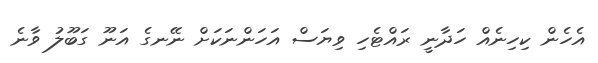
އެހެން ކިހިނެއް ހަދާނީ ރައްޓެހި ވިޔަސް އަހަންނަކަށް ނޭނގެ އަނޫ ގަބޫލު ވާނެ